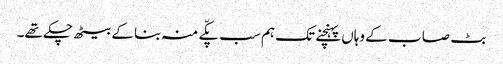
بٹ صا ب کے وہاں پہنچنے تک ہم سب پکّے منہ بنا کے بیٹھ چکے تھے۔